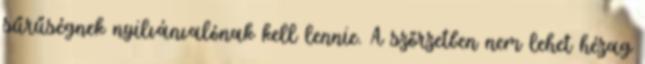
sűrűségnek nyilvánvalónak kell lennie. A szőrzetben nem lehet hézag